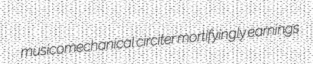
musicomechanical circiter mortifyingly earnings